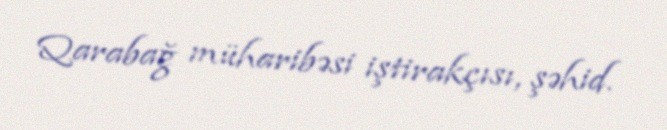
Qarabağ müharibəsi iştirakçısı, şəhid.